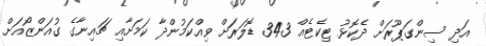
އަދި ސިންގަޕޫރަށް ދެކޮޅު ޓިކެޓެއް 343 ޑޮލަރަށް ވިއްކަމުންދާ ކަމަށާއި ޗައިނާގެ ގުއަންޒޯއަށް